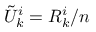
{ \tilde { U } } _ { k } ^ { i } = R _ { k } ^ { i } / n